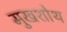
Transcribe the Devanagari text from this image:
मुखशोथ